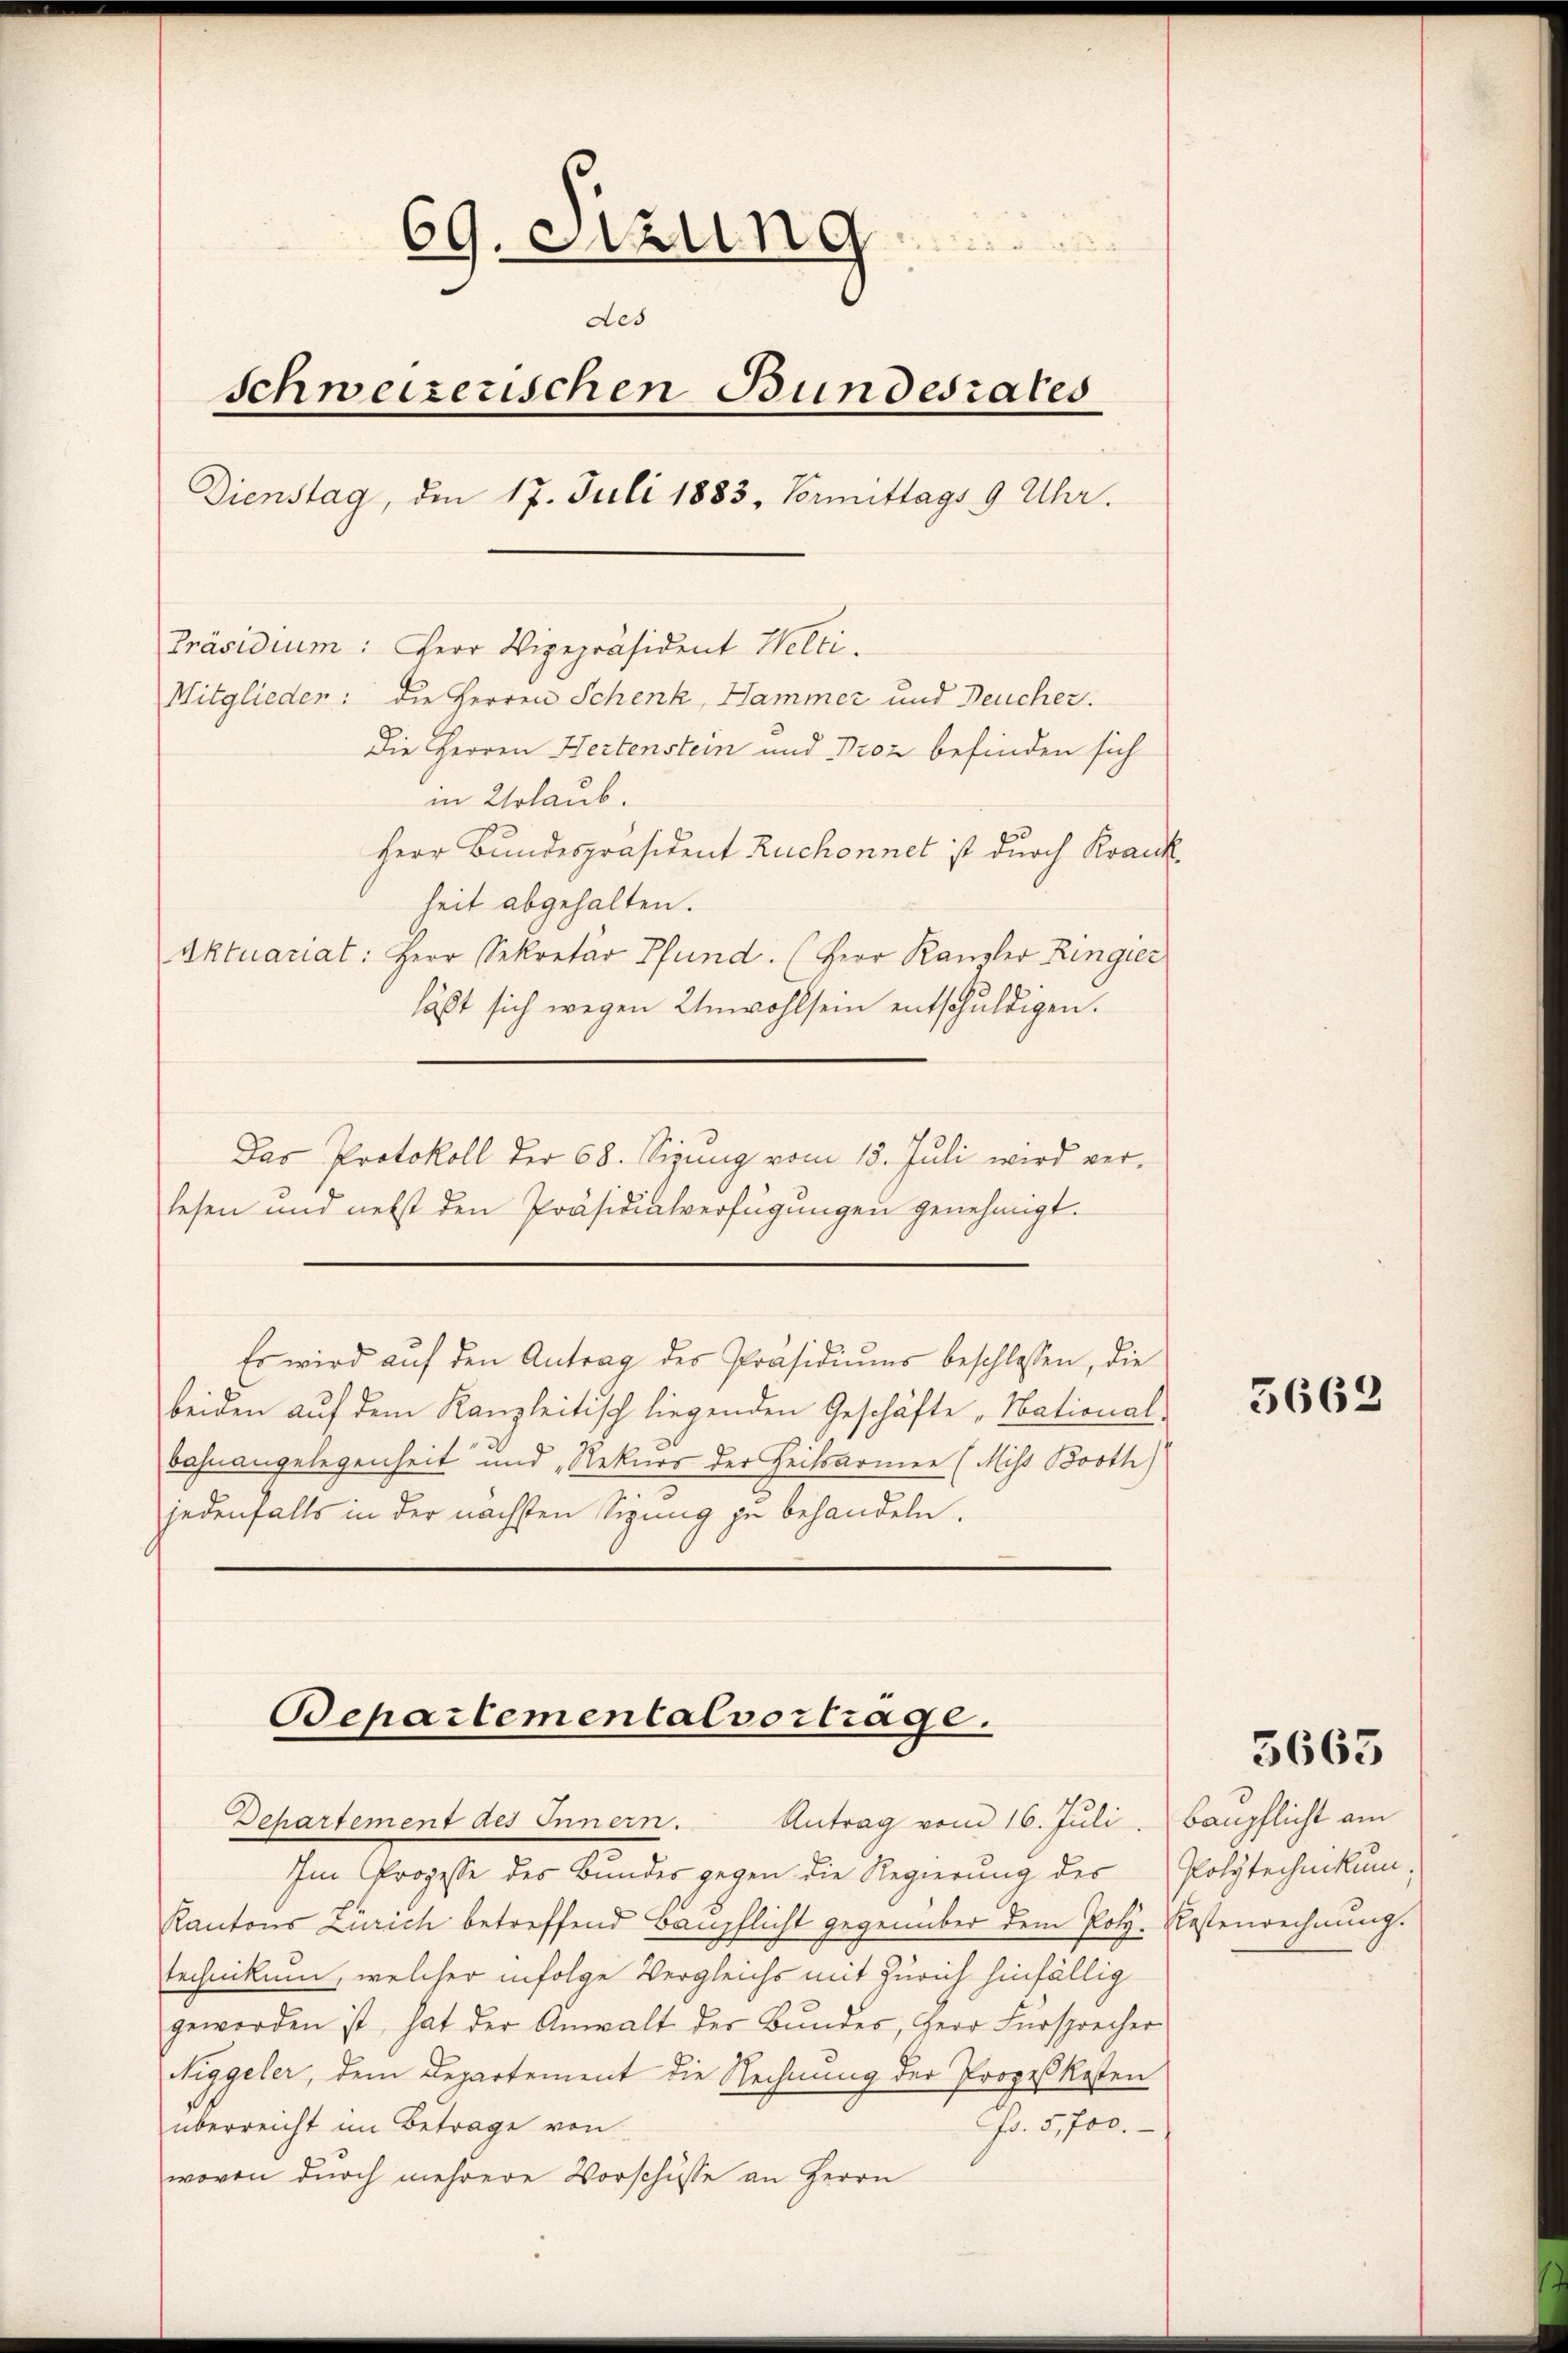
69. Sitzung
des
Schweizerischen Bundesrates
Dienstag, den 17. Juli 1883, Vermittags 9 Uhr.
Präsidium: Herr Vizepräsident Welti.
Mitglieden: die Herren Schenk, Hammer und Deucher.
Die Herren Hertenstein und Droz befinden sich
in Urlaub.

Herr Bundespräsident Ruchonnet ist durch Krankheit abgehalten.
Aktuariat: Herr Sekretär Pfund. (Herr Kanzler Ringier
läßt sich wegen Unwohlsein entschuldigen.
lesen und nebst den Präsidialverfügungen genehmigt.
Es wird aŭf den Antrag des Präsidiŭms beschlossen, die
beiden auf dem Kanzleitisch liegenden Geschäfte „National-
Bahnangelegenheit und „Rekurs der Heilsarmer (Miss Booth)
jedenfalls in der nächsten Sigung zu behandeln.

Das Protokoll der 68. Sizung vom 15. Juli wird ver¬

Bepartemental vortrage.
Departement des Innern. Antrag vom 16. Juli, Baupflicht am

Im Prozesse des Bundes gegen die Regierung des
Kantons Zürich betreffend Baupflicht gegenüber dem Polz. Kostenrechnung.
technikum, welcher infolge Vergleichs mit Zürich hinfällig
geworden ist, hat der Anwalt der Bŭndes, Herr Fürsprecher
Niggeler, dem Departement die Rechnung der Prozeßkosten
überreicht im Betrage von
Fr. 5, 700.
wovon durch mehrere Vorschüsse an Herrn

3662

3663

Polytechnikum.